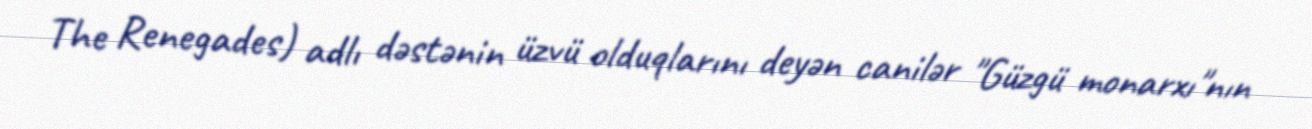
The Renegades) adlı dəstənin üzvü olduqlarını deyən canilər "Güzgü monarxı"nın